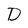
Character: D